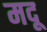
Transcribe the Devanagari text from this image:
मदू